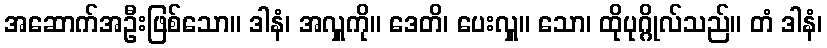
အဆောက်အဦးဖြစ်သော။ ဒါနံ၊ အလှူကို။ ဒေတိ၊ ပေးလှူ။ သော၊ ထိုပုဂ္ဂိုလ်သည်။ တံ ဒါနံ၊